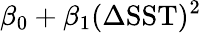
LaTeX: \beta_{0}+\beta_{1}(\Delta\mathrm{SST})^{2}